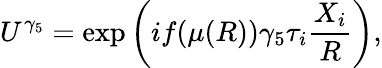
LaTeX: U^{\gamma_{5}}=\exp\left(if(\mu(R))\gamma_{5}\tau_{i}\frac{X_{i}}{R}\right),